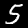
Digit: 5